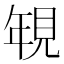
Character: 𮗐